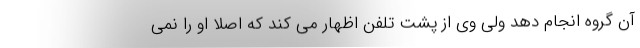
آن گروه انجام دهد ولی وی از پشت تلفن اظهار می کند که اصلا او را نمی